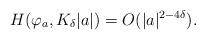
LaTeX: \begin{align*} H(\varphi_a,K_\delta|a|) = O(|a|^{2-4\delta}).\end{align*}